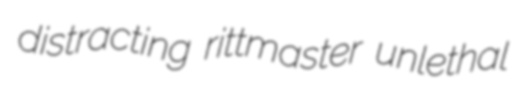
distracting rittmaster unlethal